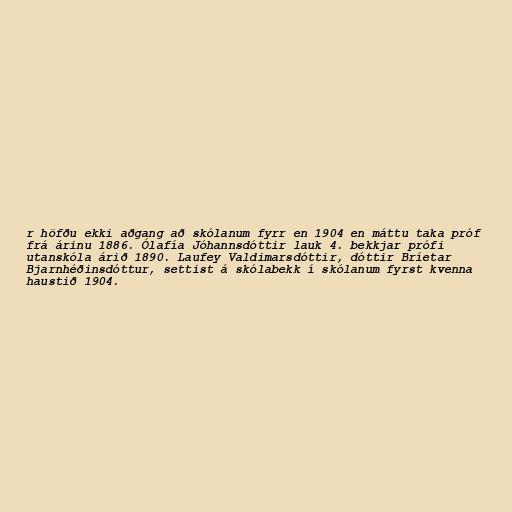
r höfðu ekki aðgang að skólanum fyrr en 1904 en máttu taka próf
frá árinu 1886. Ólafía Jóhannsdóttir lauk 4. bekkjar prófi
utanskóla árið 1890. Laufey Valdimarsdóttir, dóttir Bríetar
Bjarnhéðinsdóttur, settist á skólabekk í skólanum fyrst kvenna
haustið 1904.